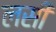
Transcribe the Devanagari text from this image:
लसीं